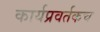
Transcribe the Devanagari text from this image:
कार्यप्रवर्तकच